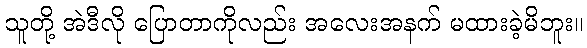
သူတို့ အဲဒီလို ပြောတာကိုလည်း အလေးအနက် မထားခဲ့မိဘူး။